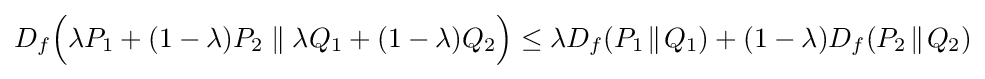
D_{f}{\Big (}\lambda P_{1}+(1-\lambda )P_{2}\parallel \lambda Q_{1}+(1-\lambda )Q_{2}{\Big )}\leq \lambda D_{f}(P_{1}\!\parallel \!Q_{1})+(1-\lambda )D_{f}(P_{2}\!\parallel \!Q_{2})